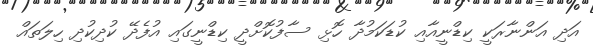
އަދި އަންނާރަކީ ކިޑްނީއާއި ކުޑަކަމުދާ ހޮޅި ސާފުކޮށްދީ ކިޑްނީގައި އުފެދޭ ކުދިކުދި ހިލަތައް